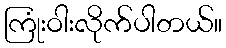
ကြုံးဝါးလိုက်ပါတယ်။